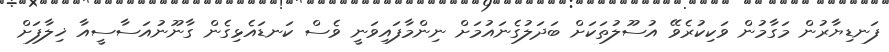
ފަނޑިޔާރުން މަގާމުން ވަކިކުރެވޭ އުސޫލުތަކަށް ބަދަލުގެނައުމަށް ނިންމާފައިވަނީ ވެސް ކަނޑައެޅިގެން ގާނޫނުއަސާސީއާ ޚިލާފަށް